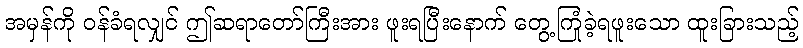
အမှန်ကို ဝန်ခံရလျှင် ဤဆရာတော်ကြီးအား ဖူးရပြီးနောက် တွေ့ကြုံခဲ့ရဖူးသော ထူးခြားသည့်